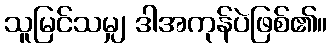
သူမြင်သမျှ ဒါအကုန်ပဲဖြစ်၏။